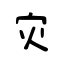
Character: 灾